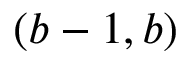
( b - 1 , b )